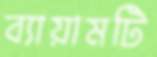
ব্যায়ামটি